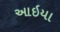
આઇયા